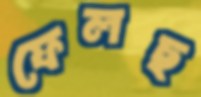
ফেলছ